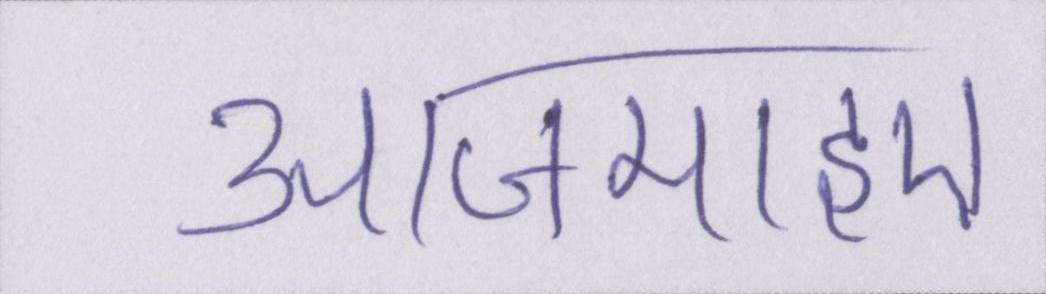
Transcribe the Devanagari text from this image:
आजमाइए